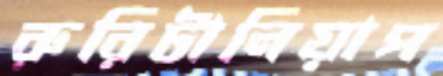
রুরিটানিয়াপ